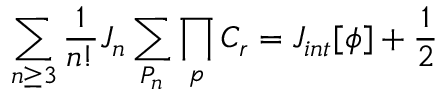
\sum _ { n \ge 3 } { \frac 1 { n ! } } J _ { n } \sum _ { P _ { n } } \prod _ { p } C _ { r } = J _ { i n t } [ \phi ] + { \frac 1 2 }